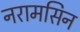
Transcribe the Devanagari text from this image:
नरामसिन